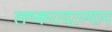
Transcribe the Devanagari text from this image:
लष्करादरम्यान